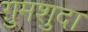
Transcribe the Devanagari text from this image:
ग़ुमशुदा